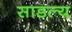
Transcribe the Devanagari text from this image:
साडल्य